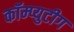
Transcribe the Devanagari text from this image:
कॉम्प्युटीग